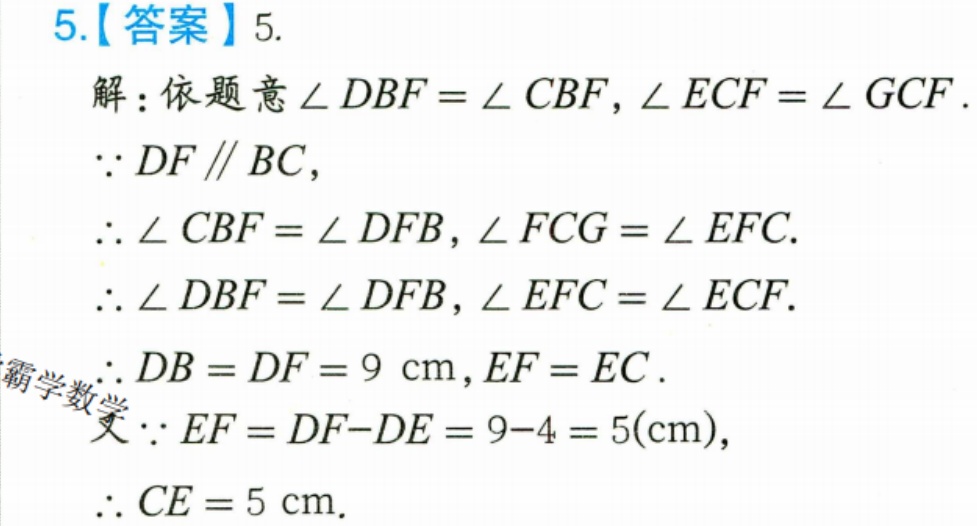
5.【答案】5.
解：依题意\(\angle DBF=\angle CBF\)，\(\angle ECF=\angle GCF\).
\(\because DF\parallel BC\)，
\(\therefore\angle CBF = \angle DFB\)，\(\angle FCG=\angle EFC\).
\(\therefore\angle DBF=\angle DFB\)，\(\angle EFC=\angle ECF\).
\(\therefore DB = DF = 9\ \text{cm}\)，\(EF = EC\).
又\(\because EF=DF - DE=9 - 4 = 5(\text{cm})\)，
\(\therefore CE = 5\ \text{cm}\).